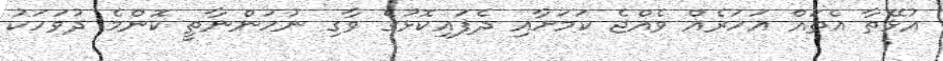
އުޅޭތާ އެތައް އަހަރެއް ވެއްޖެ ކަމަށާއި ދެފައިކޮޅުގެ ވާގި ނުހުންނާތީ ކޮންމެ ދުވަހަކު